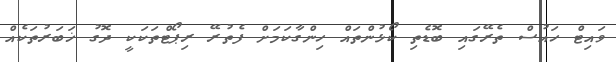
ވައިޓް ހައުސް ތެރޭގައި ބޮޑެތި ކޯޅުންތައް ހިންގާކަމަށް ފެތުރޭ ރިޕޯޓްތަކަކީ ދޮގު ޚަބަރުތަކެއް